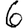
Digit: 6